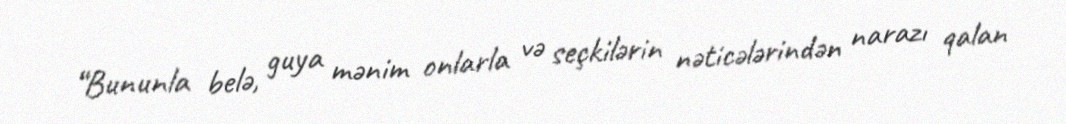
“Bununla belə, guya mənim onlarla və seçkilərin nəticələrindən narazı qalan